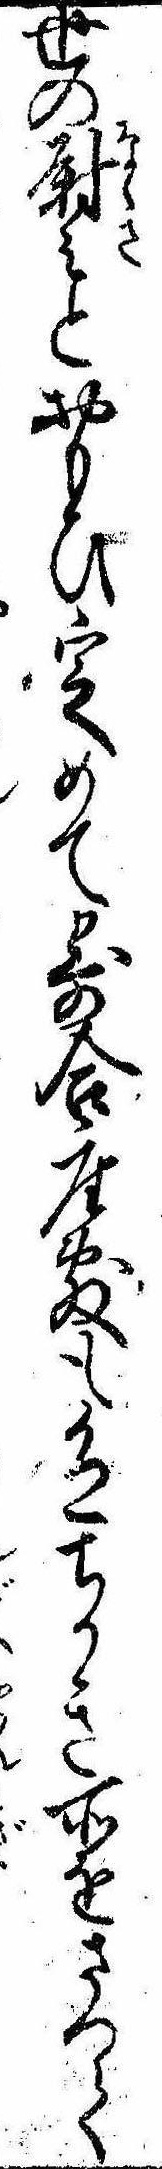
世の尉みとおもひ定めて寄合座敷も色ちかき所をさつて